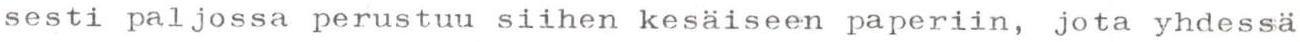
sesti paljossa perustuu siihen kesäiseen paperiin, jota yhdessä